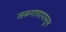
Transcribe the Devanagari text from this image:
जळगावापासून